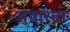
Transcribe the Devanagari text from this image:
अपारता